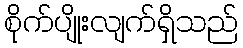
စိုက်ပျိုးလျက်ရှိသည်